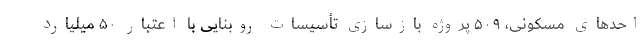
احدهای مسکونی، ۵۰۹ پروژه بازسازی تأسیسات روبنایی با اعتبار ۵۰ میلیارد